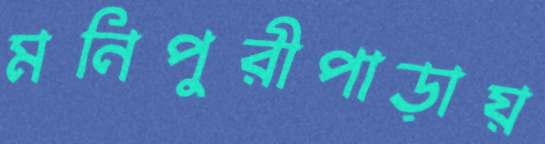
মনিপুরীপাড়ায়